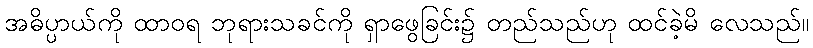
အဓိပ္ပာယ်ကို ထာဝရ ဘုရားသခင်ကို ရှာဖွေခြင်း၌ တည်သည်ဟု ထင်ခဲ့မိ လေသည်။